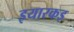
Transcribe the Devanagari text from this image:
इयारकइ